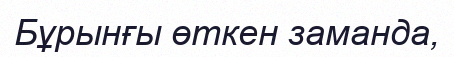
Бұрынғы өткен заманда,